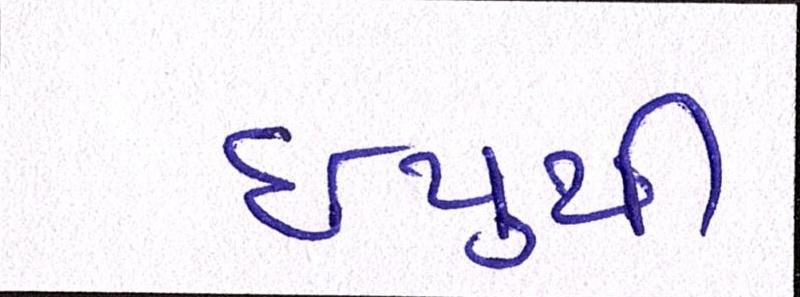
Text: ઇયુથી